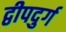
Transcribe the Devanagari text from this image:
द्वीपदुर्ग